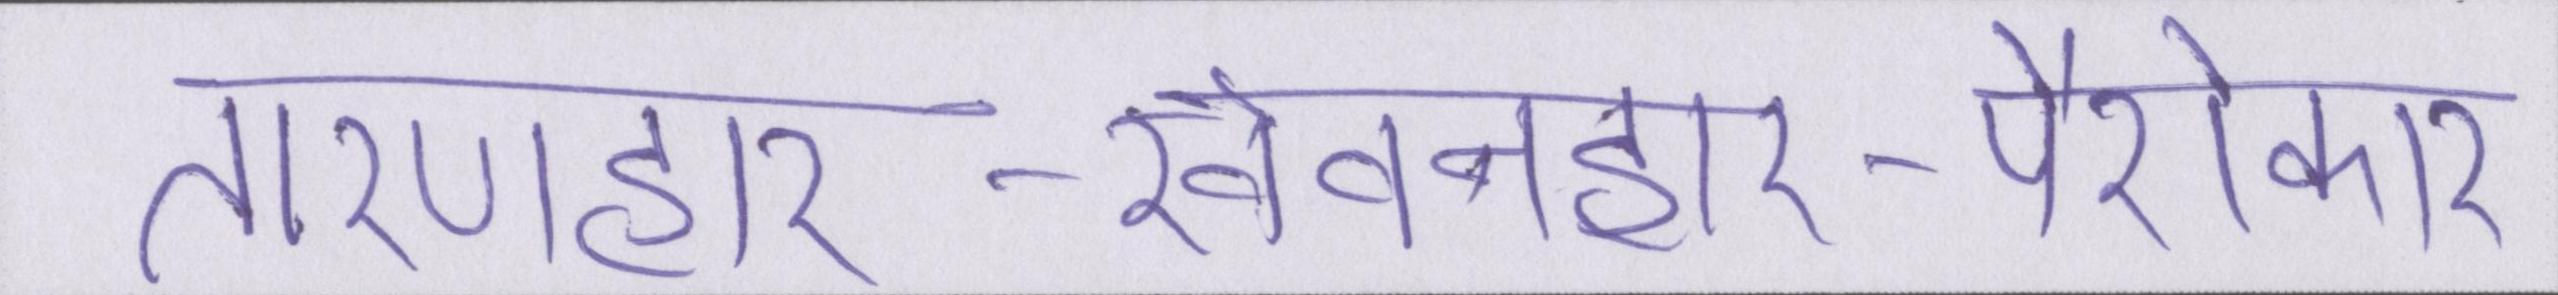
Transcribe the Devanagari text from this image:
तारणहार-खेवनहार-पैरोकार